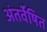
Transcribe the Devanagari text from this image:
अंतर्वेषित